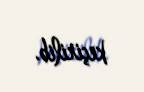
keçirilib.